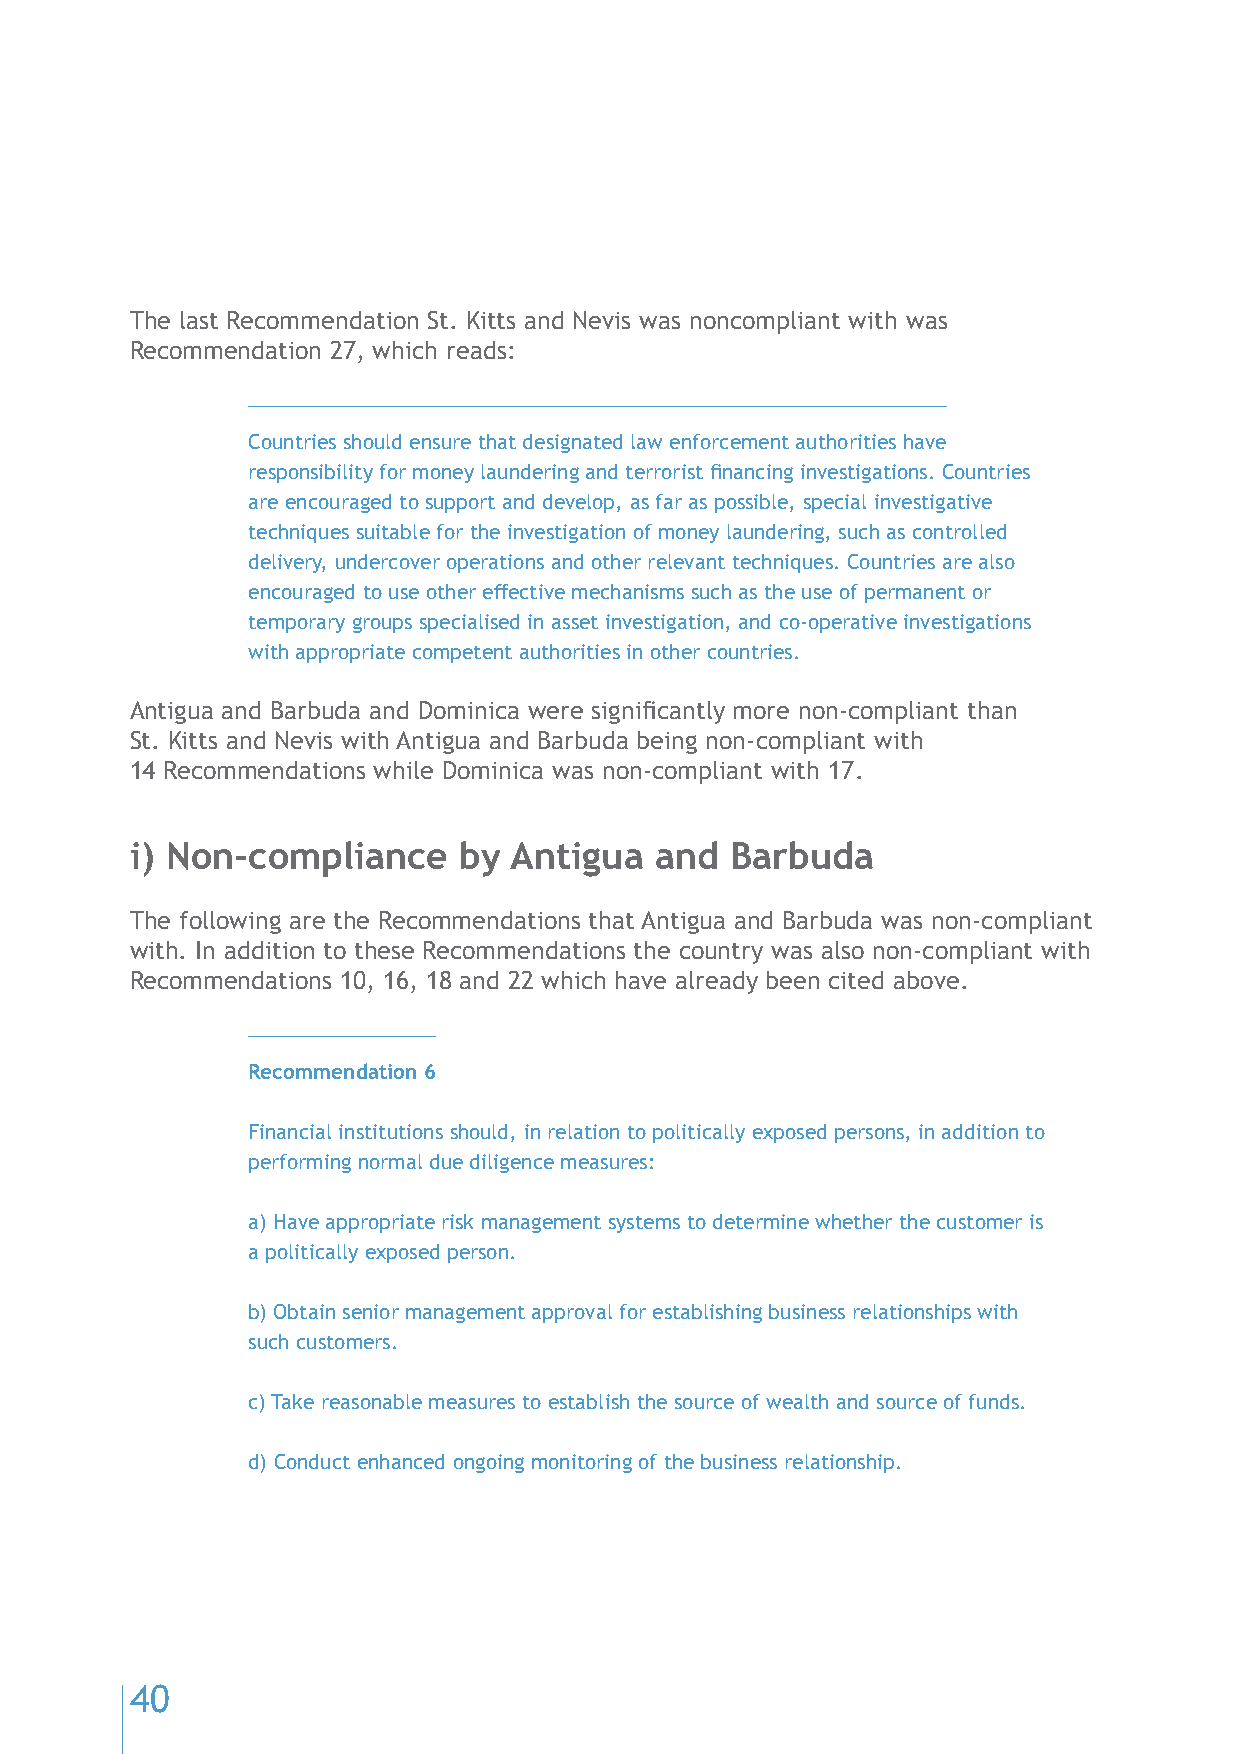
The last Recommendation St. Kitts and Nevis was noncompliant with was
 Recommendation 27, which reads:
 Countries should ensure that designated law enforcement authorities have
 responsibility for money laundering and terrorist financing investigations. Countries
 are encouraged to support and develop, as far as possible, special investigative
 techniques suitable for the investigation of money laundering, such as controlled
 delivery, undercover operations and other relevant techniques. Countries are also
 encouraged to use other effective mechanisms such as the use of permanent or
 temporary groups specialised in asset investigation, and co-operative investigations
 with appropriate competent authorities in other countries.
 Antigua and Barbuda and Dominica were significantly more non-compliant than
 St. Kitts and Nevis with Antigua and Barbuda being non-compliant with
 14 Recommendations while Dominica was non-compliant with 17.
 i) Non-compliance    by  Antigua  and  Barbuda
 The following are the Recommendations that Antigua and Barbuda was non-compliant
 with. In addition to these Recommendations the country was also non-compliant with
 Recommendations 10, 16, 18 and 22 which have already been cited above.
 Recommendation 6
 Financial institutions should, in relation to politically exposed persons, in addition to
 performing normal due diligence measures:
 a) Have appropriate risk management systems to determine whether the customer is
 a politically exposed person.
 b) Obtain senior management approval for establishing business relationships with
 such customers.
 c) Take reasonable measures to establish the source of wealth and source of funds.
 d) Conduct enhanced ongoing monitoring of the business relationship.
 40